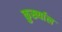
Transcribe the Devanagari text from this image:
कुर्ख्याल